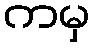
ကမှ